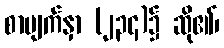
စာမျက်နှာ (၂၃၄)၌ ဆို၏၊